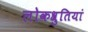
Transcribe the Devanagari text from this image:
लोकश्रुतियां